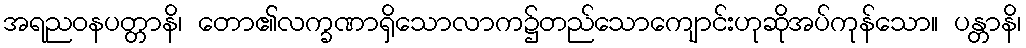
အရညဝနပတ္တာနိ၊ တော၏လက္ခဏာရှိသောလာက၌တည်သောကျောင်းဟုဆိုအပ်ကုန်သော။ ပန္တာနိ၊